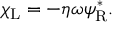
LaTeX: \chi _ { \mathrm { { L } } } = - \eta \omega \psi _ { \mathrm { { R } } } ^ { * } .